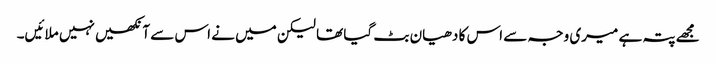
مجھے پتہ ہے میری وجہ سے اس کا دھیان بٹ گیا تھا لیکن میں نے اس سے آنکھیں نہیں ملائیں۔